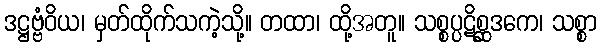
ဒဋ္ဌဗ္ဗံဝိယ၊ မှတ်ထိုက်သကဲ့သို့။ တထာ၊ ထို့အတူ။ သစ္စပ္ပဋိစ္ဆဒကေ၊ သစ္စာ